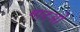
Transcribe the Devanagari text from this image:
मादओं